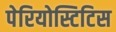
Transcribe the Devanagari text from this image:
पेरियोस्टिटिस